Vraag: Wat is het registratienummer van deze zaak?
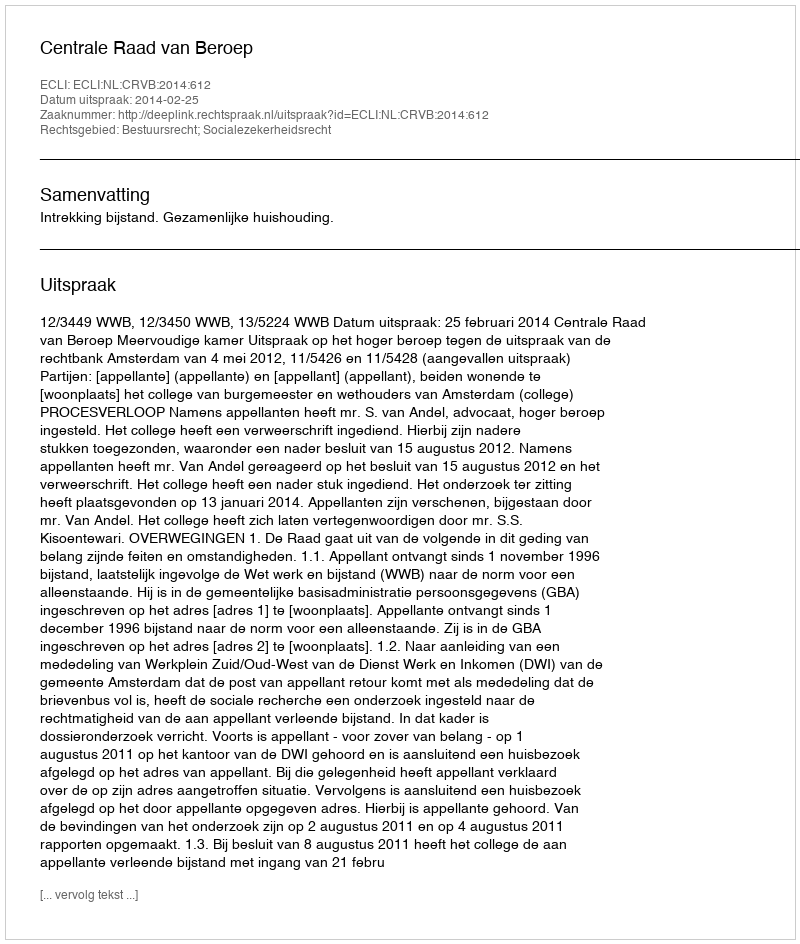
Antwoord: http://deeplink.rechtspraak.nl/uitspraak?id=ECLI:NL:CRVB:2014:612